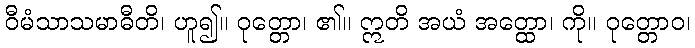
ဝီမံသာသမာဓီတိ၊ ဟူ၍။ ဝုတ္တော၊ ၏။ ဣတိ အယံ အတ္ထော၊ ကို။ ဝုတ္တောဝ၊